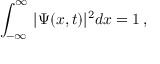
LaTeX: \, \int _ { - \infty } ^ { \infty } \, | \Psi ( x , t ) | ^ { 2 } d x = 1 \, ,